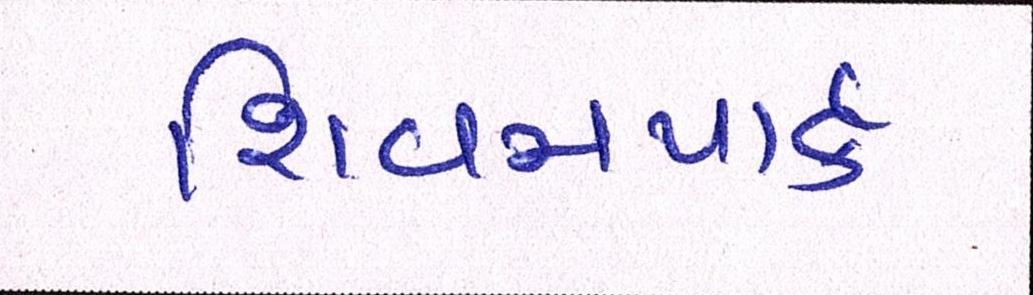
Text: શિવમપાર્ક